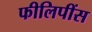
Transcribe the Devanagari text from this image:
फीलिपींस